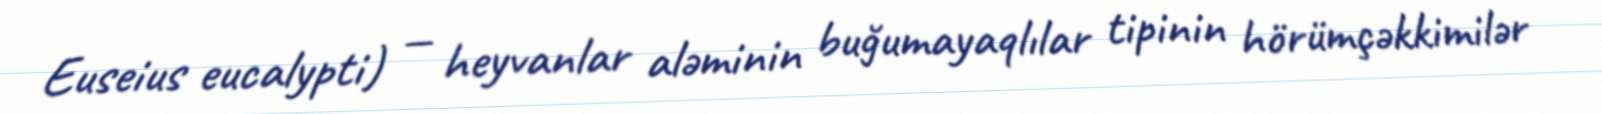
Euseius eucalypti) — heyvanlar aləminin buğumayaqlılar tipinin hörümçəkkimilər